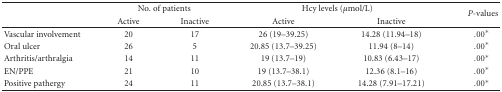
|  | <COLSPAN=2> No. of patients | <COLSPAN=2> Hcy levels (μmol/L) | <ROWSPAN=2> P-values |
 |  | Active | Inactive | Active | Inactive |
 | --- | --- | --- | --- | --- | --- |
 | Vascular involvement | 20 | 17 | 26 (19–39.25) | 14.28 (11.94–18) | .00* |
 | Oral ulcer | 26 | 5 | 20.85 (13.7–39.25) | 11.94 (8–14) | .00* |
 | Arthritis/arthralgia | 14 | 11 | 19 (13.7–19) | 10.83 (6.43–17) | .00* |
 | EN/PPE | 21 | 10 | 19 (13.7–38.1) | 12.36 (8.1–16) | .00* |
 | Positive pathergy | 24 | 11 | 20.85 (13.7–38.1) | 14.28 (7.91–17.21) | .00* |